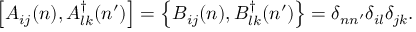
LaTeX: \left[ A _ { i j } ( n ) , A _ { l k } ^ { \dag } ( n ^ { \prime } ) \right] = \left\{ B _ { i j } ( n ) , B _ { l k } ^ { \dag } ( n ^ { \prime } ) \right\} = \delta _ { n n ^ { \prime } } \delta _ { i l } \delta _ { j k } .